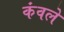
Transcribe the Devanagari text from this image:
कंवले